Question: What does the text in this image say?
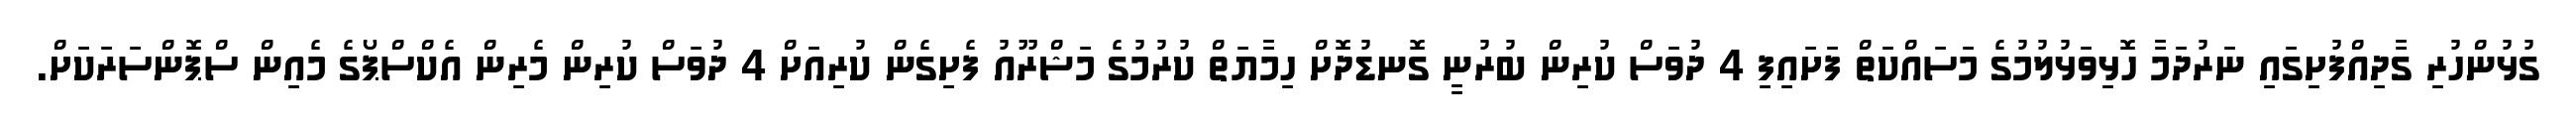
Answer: ގުޅުންހުރި ގާދިއްފުށިގައި ނަރުދަމާ ހޮޅިވަޅުލުމުގެ މަސައްކަތް ފަށައިފި 4 ދުވަސް ކުރިން ބުރުނީ ގޮނޑުދޮށް ހިމާޔަތް ކުރުމުގެ މަޝްރޫއު ފެށިގެން ކުރިއަށް 4 ދުވަސް ކުރިން މެރިން އެކްސްޕޯގެ މެއިން ސްޕޮންސަރަކަށް.